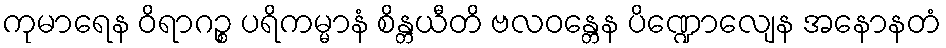
ကုမာရေန ဝိရာဂဉ္စ ပရိကမ္မာနံ စိန္တယီတိ ဗလဝန္တေန ပိဏ္ဍောလျေန အနောနတံ